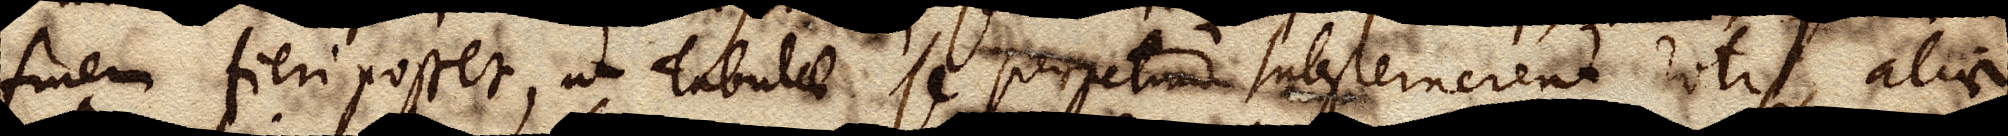
finem fieri posset, ut tabulae se perpetuo substernerent rotis, aliae